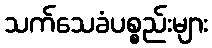
သက်သေခံပစ္စည်းများ